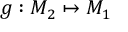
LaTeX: g : M _ { 2 } \mapsto M _ { 1 }